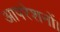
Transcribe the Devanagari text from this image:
आपरेशनों।